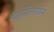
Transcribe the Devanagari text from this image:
पेलार्गोनायडिन्स